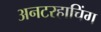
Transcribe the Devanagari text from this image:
अनटरहाचिंग